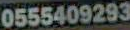
0555409293